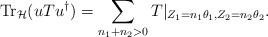
LaTeX: \begin{align*}{\rm Tr}_{\cal H}(uTu^\dag)=\sum_{n_1+n_2>0}T|_{Z_1=n_1\theta_1,Z_2=n_2\theta_2}.\end{align*}